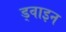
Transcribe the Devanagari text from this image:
ड्वाइन